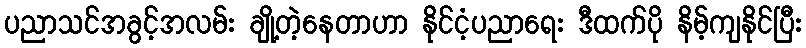
ပညာသင်အခွင့်အလမ်း ချို့တဲ့နေတာဟာ နိုင်ငံ့ပညာရေး ဒီထက်ပို နိမ့်ကျနိုင်ပြီး